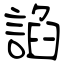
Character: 諂